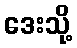
ဒေးသို့